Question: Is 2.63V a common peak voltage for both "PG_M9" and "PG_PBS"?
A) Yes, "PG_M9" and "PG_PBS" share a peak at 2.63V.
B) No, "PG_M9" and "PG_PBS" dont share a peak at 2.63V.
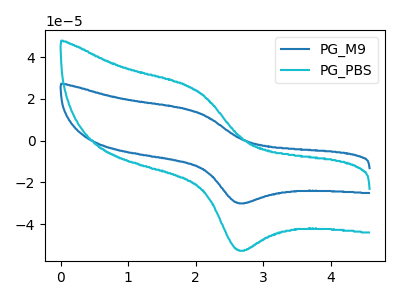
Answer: <think>The blue curve "PG_M9" has an anodic peak at (2.00V, 13.75uA) and a cathodic peak at (2.65V, -29.85uA). The cyan curve "PG_PBS" has an anodic peak at (2.00V, 24.10uA) and a cathodic peak at (2.65V, -52.35uA).</think>
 <answer>A) Yes, "PG_M9" and "PG_PBS" share a peak at 2.63V.</answer>
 <eval>A</eval>